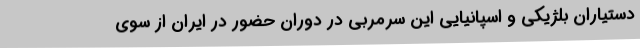
دستیاران بلژیکی و اسپانیایی این سرمربی در دوران حضور در ایران از سوی